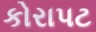
કોરાપટ